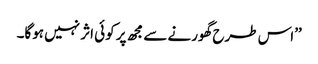
’’اس طرح گھورنے سے مجھ پر کوئی اثر نہیں ہوگا۔